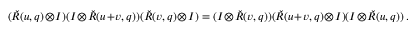
( \check { R } ( u , q ) \otimes I ) ( I \otimes \check { R } ( u + v , q ) ) ( \check { R } ( v , q ) \otimes I ) = ( I \otimes \check { R } ( v , q ) ) ( \check { R } ( u + v , q ) \otimes I ) ( I \otimes \check { R } ( u , q ) ) \, .